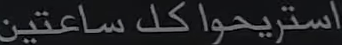
استريحوا كل ساعتين